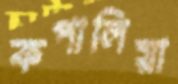
কপালিয়া